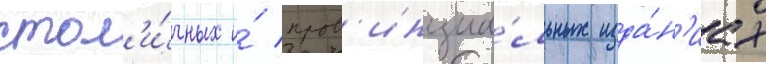
стол'и́чных и́ пров'инциа́льных изда́н'иах